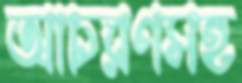
আচরণসহ